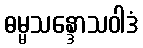
ဓမ္မသန္ဒောသဝါဒံ